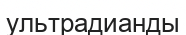
ультрадианды